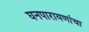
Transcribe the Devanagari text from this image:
घनपारायणांचा